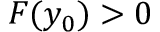
F ( y _ { 0 } ) > 0